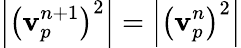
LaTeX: \left|\left(\mathbf{v}_{p}^{n+1}\right)^{2}\right|=\left|\left(\mathbf{v}_{p}^{n}\right)^{2}\right|